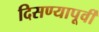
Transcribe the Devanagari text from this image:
दिसण्यापूर्वी